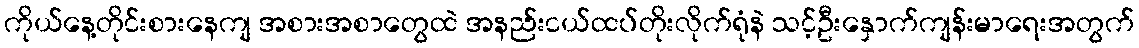
ကိုယ်နေ့တိုင်းစားနေကျ အစားအစာတွေထဲ အနည်းငယ်ထပ်တိုးလိုက်ရုံနဲ သင့်ဦးနှောက်ကျန်းမာရေးအတွက်